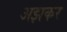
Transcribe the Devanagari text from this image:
अझकर